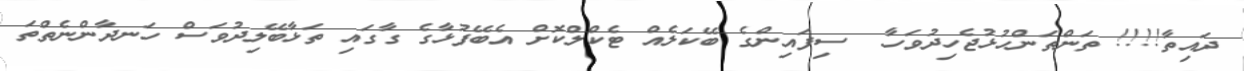
ދައިތާ!!!! ތަންތަންހުޅުޖެހިދުވަހާ  ސިފައިންގެ ބޭކަލެއް ޓެކްލްކޮށް އެބޭފުޅާގެ ގާގައި ތަޅާބޭލިދުވަސް ހަނދާންނެތްތަ